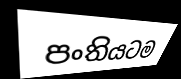
පංතියටම